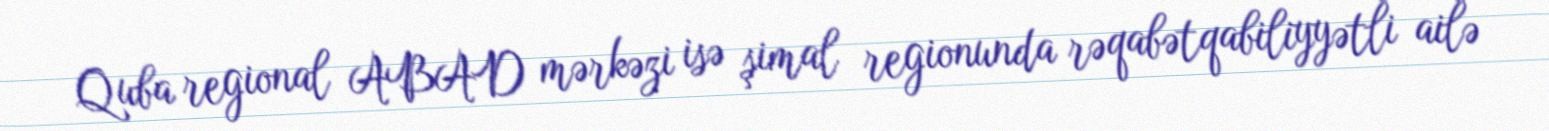
Quba regional ABAD mərkəzi isə şimal regionunda rəqabətqabiliyyətli ailə